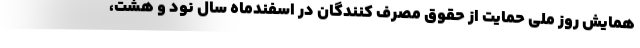
همایش روز ملی حمایت از حقوق مصرف کنندگان در اسفندماه سال نود و هشت،